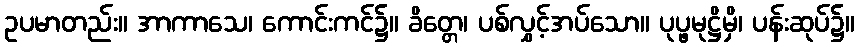
ဥပမာတည်း။ အာကာသေ၊ ကောင်းကင်၌။ ခိတ္တေ၊ ပစ်လွှင့်အပ်သော။ ပုပ္ဖမုဋ္ဌိမှိ၊ ပန်းဆုပ်၌။